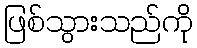
ဖြစ်သွားသည်ကို